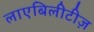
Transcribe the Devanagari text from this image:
लाएबिलीटीज़